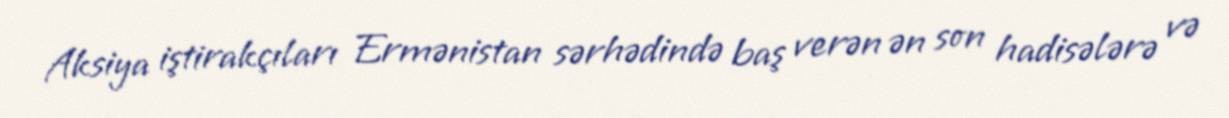
Aksiya iştirakçıları Ermənistan sərhədində baş verən ən son hadisələrə və